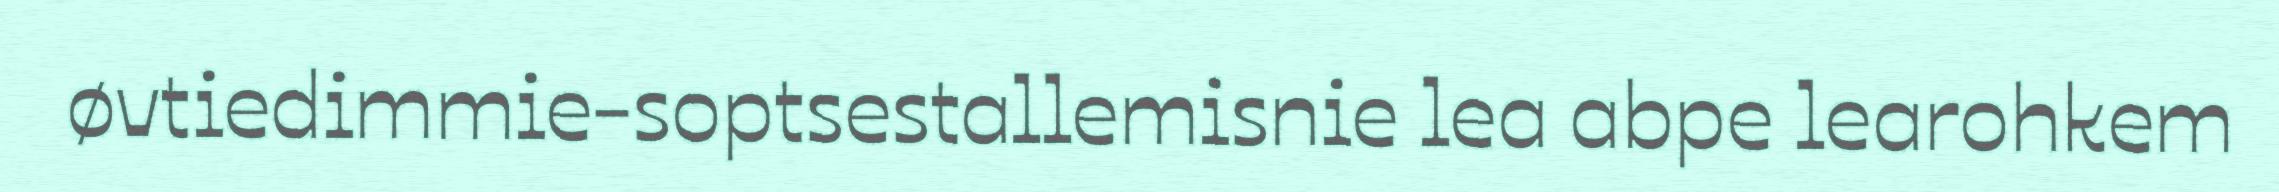
øvtiedimmie-soptsestallemisnie lea abpe learohkem